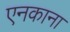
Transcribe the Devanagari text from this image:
एनकाना